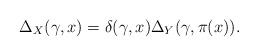
LaTeX: \begin{align*}\Delta_X(\gamma, x)=\delta(\gamma, x)\Delta_Y(\gamma,\pi(x)).\end{align*}